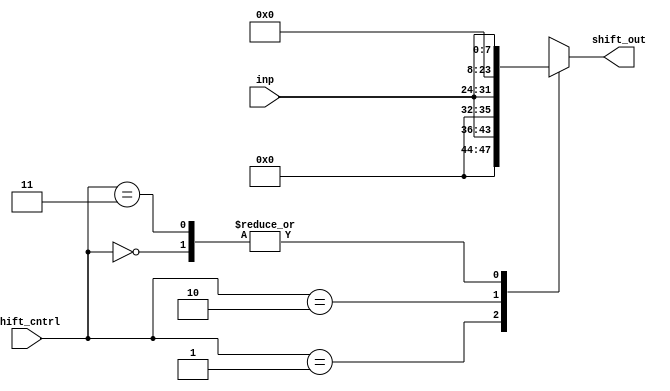
/*
 *	This file is a Verilog implementation of an 8-bit to 16-bit shifter
 * If shift_cntrl is 0 or 3, no shift. If shift_cntrl is 1, shift by
 * 4 bits. If shift_cntrl is 2, shift by 8 bits.
 */

module shifter (input [7:0] inp, input [1:0] shift_cntrl, output reg [15:0] shift_out);
		always @ (inp, shift_cntrl)begin
			case (shift_cntrl)
				//shift_cntrl = 0
				2'b00 :  shift_out = inp;
				//shift_cntrl = 1
				2'b01 :	shift_out = (inp << 4);
				//shift_cntrl = 2
				2'b10 : 	shift_out = (inp << 8);
				//shift_cntrl = 3
				2'b11 :	shift_out = inp;
				default: shift_out = inp;
			endcase
		end
endmodule